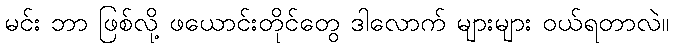
မင်း ဘာ ဖြစ်လို့ ဖယောင်းတိုင်တွေ ဒါလောက် များများ ဝယ်ရတာလဲ။